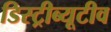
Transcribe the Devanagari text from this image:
डिस्ट्रीब्यूटीव